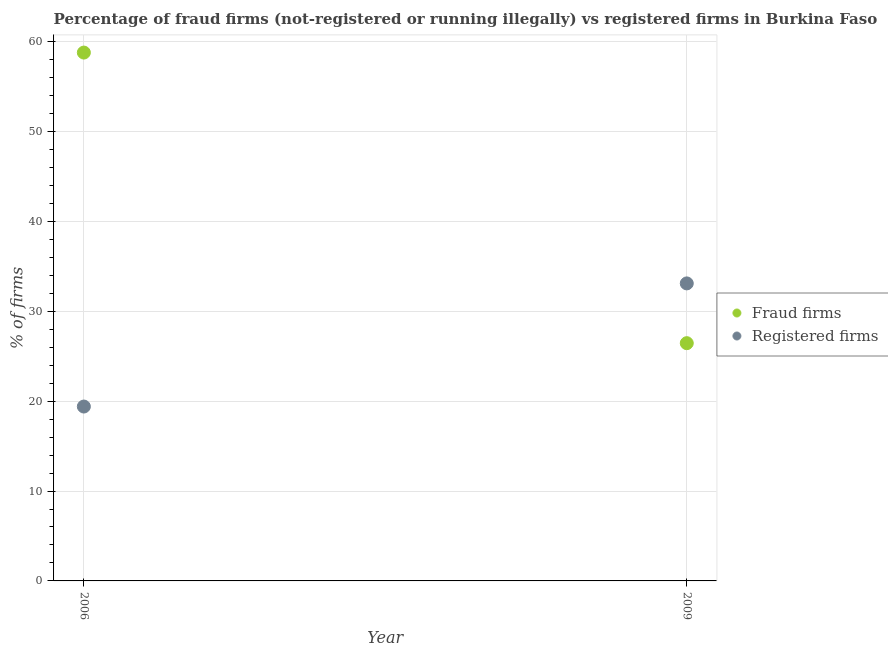
| Year | Fraud firms | Registered firms |
 | --- | --- | --- |
 | 2006 | 58.8 | 19.4 |
 | 2009 | 26.4 | 33.1 |